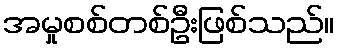
အမှုစစ်တစ်ဦးဖြစ်သည်။